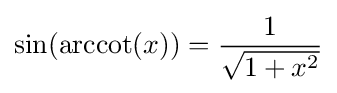
\sin(\operatorname {arccot} (x))={\frac {1}{\sqrt {1+x^{2}}}}